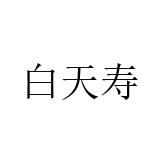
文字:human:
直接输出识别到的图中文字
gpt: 白天寿